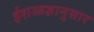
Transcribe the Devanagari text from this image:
ईशआज्ञानुसार